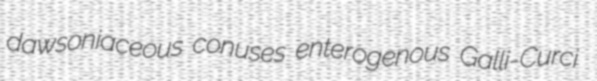
dawsoniaceous conuses enterogenous Galli-Curci